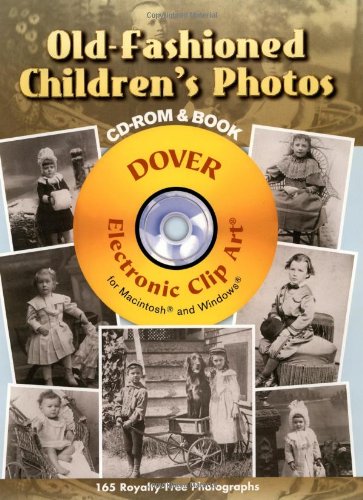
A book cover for Old-Fashioned Children's Photos CD-ROM and Book (Dover Electronic Clip Art); Dover; Arts & Photography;